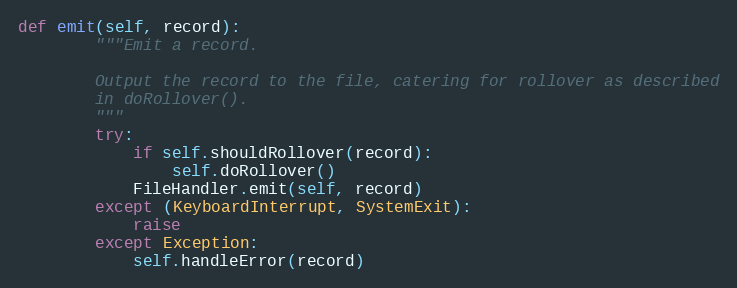
Language: Python
def emit(self, record):
        """Emit a record.

        Output the record to the file, catering for rollover as described
        in doRollover().
        """
        try:
            if self.shouldRollover(record):
                self.doRollover()
            FileHandler.emit(self, record)
        except (KeyboardInterrupt, SystemExit):
            raise
        except Exception:
            self.handleError(record)